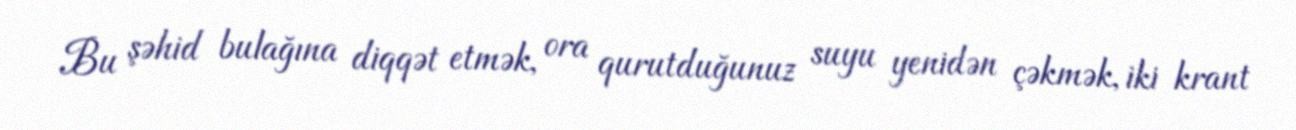
Bu şəhid bulağına diqqət etmək, ora qurutduğunuz suyu yenidən çəkmək, iki krant